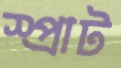
স্প্রাট